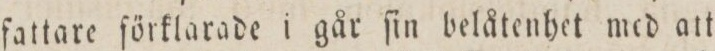
fattare förklarade i går ſin belåtenhet med att